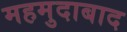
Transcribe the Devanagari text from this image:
महमुदाबाद